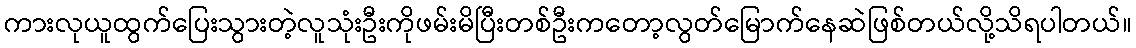
ကားလုယူထွက်ပြေးသွားတဲ့လူသုံးဦးကိုဖမ်းမိပြီးတစ်ဦးကတော့လွတ်မြောက်နေဆဲဖြစ်တယ်လို့သိရပါတယ်။